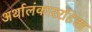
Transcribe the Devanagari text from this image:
अर्थालंकाररहिता